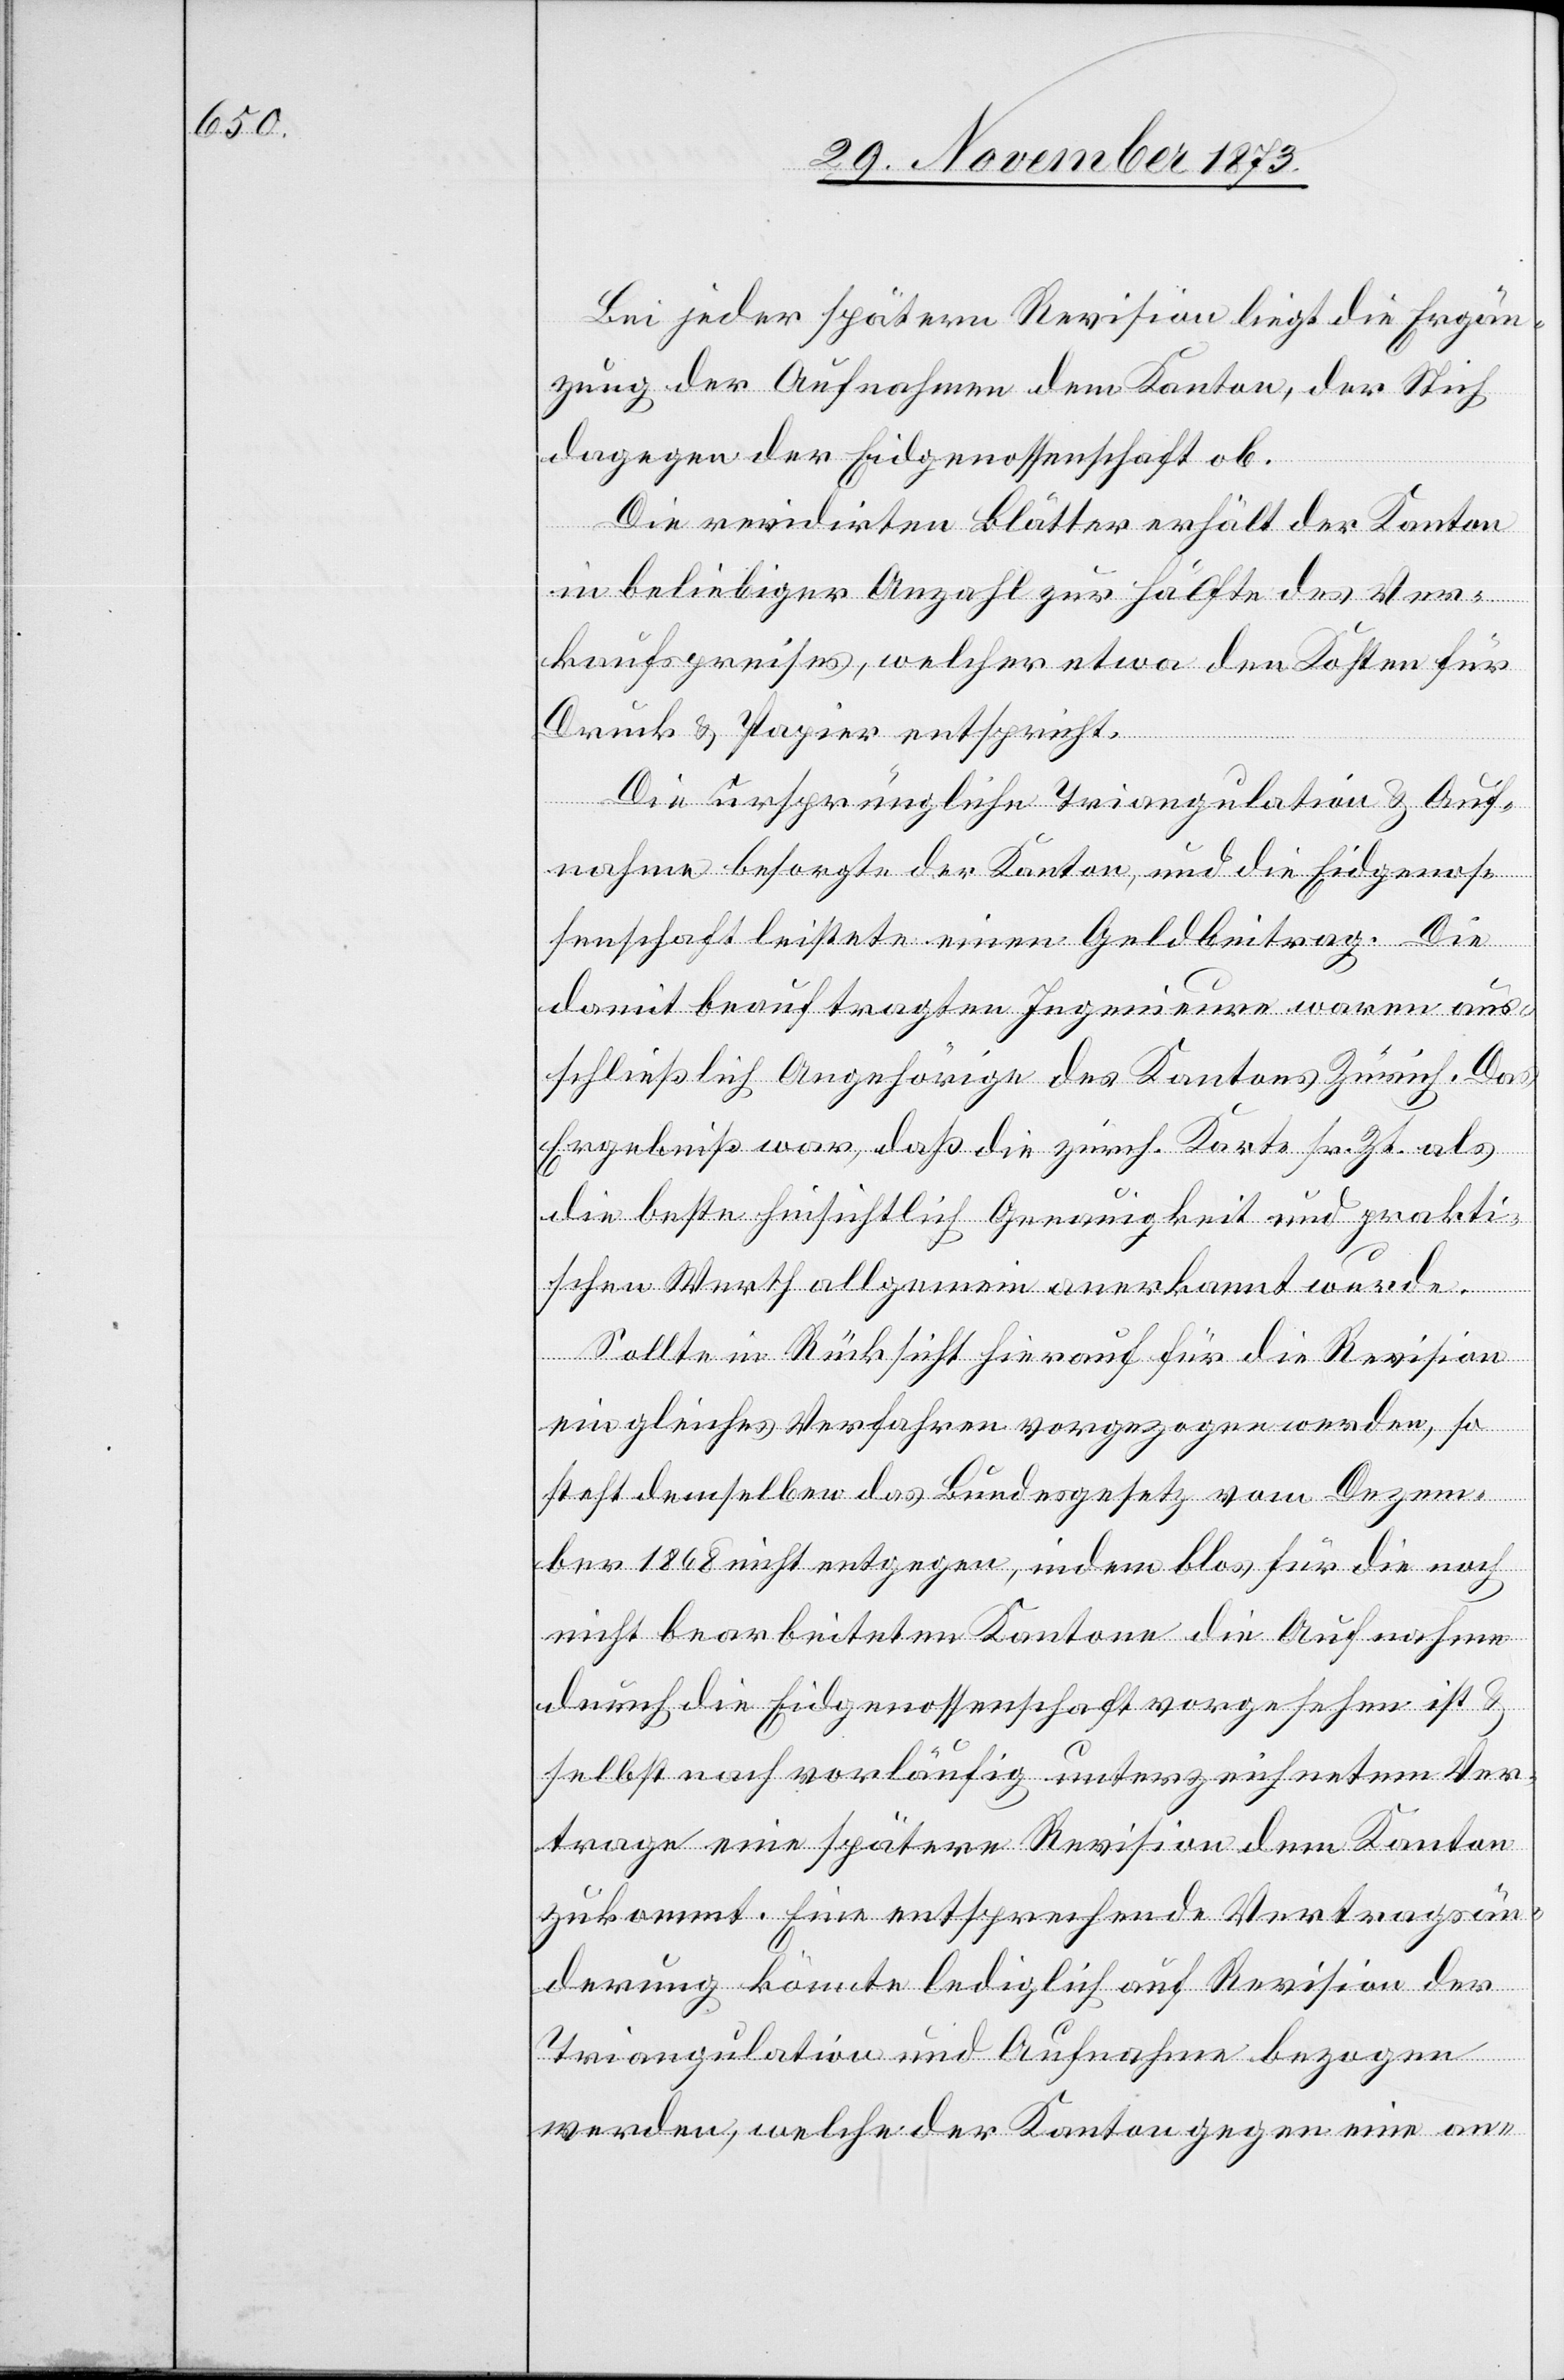
Bei jeder spätern Revision liegt die Ergän¬
zung der Aufnahmen dem Kanton, der Stich
dagegen der Eidgenossenschaft ob.
Die revidirten Blätter erhält der Kanton
in beliebiger Anzahl zur Hälfte des Ver¬
kaufspreises, welcher etwa den Kosten für
Druck & Papier entspricht.
Die ursprüngliche Triangulation & Auf¬
nahme besorgte der Kanton, und die Eidgenos¬
senschaft leistete einen Geldbeitrag. Die
damit beauftragten Ingenieure waren aus¬
schließlich Angehörige des Kantons Zürich. Das
Ergebniß war, daß die zürch. Karte sr. Zt. als
die beste hinsichtlich Genauigkeit und prakti¬
schen Werth allgemein anerkannt wurde.
Sollte in Rücksicht hierauf für die Revision
ein gleiches Verfahren vorgezogen werden, so
steht demselben das Bundesgesetz vom Dezem¬
ber 1868 nicht entgegen, indem blos für die noch
nicht bearbeiteten Kantone die Aufnahme
durch die Eidgenossenschaft vorgesehen ist &
selbst nach vorläufig unterzeichnetem Ver¬
trage eine spätere Revision dem Kanton
zukommt. Eine entsprechende Vertragsän¬
derung könnte lediglich auf Revision der
Triangulation und Aufnahme bezogen
werden, welche der Kanton gegen eine an-